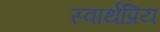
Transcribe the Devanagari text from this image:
स्वार्थप्रिय